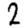
Digit: 2